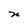
Character: n